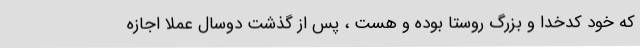
که خود کدخدا و بزرگ روستا بوده و هست ، پس از گذشت دوسال عملاً اجازه